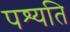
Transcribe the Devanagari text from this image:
पश्यति